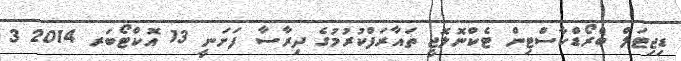
ޑިޖިޓަލް ބްރޯޑްކާސްޓިން ޓެކްނޮލޮޖީ ތައާރަފްކުރުމުގެ ދިރާސާ ފަށަނީ 13 އޮކްޓޯބަރ 2014 3